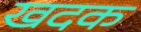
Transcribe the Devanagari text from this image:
खदक